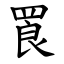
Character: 䍚